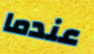
عندما